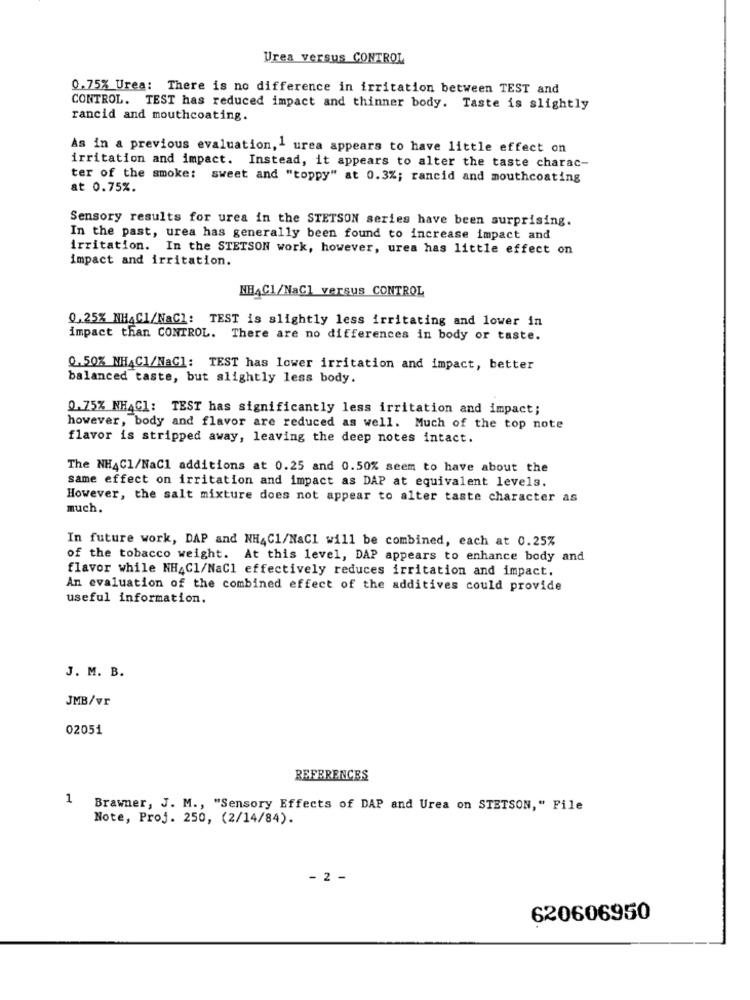
Urea versus CONTROL
0.75% Urea: There is no difference in irritation between TEST and
CONTROL. TEST has reduced impact and thinner body. Taste is slightly
rancid and mouthcoating.
As in a previous evaluation,1 urea appears to have little effect on
irritation and impact. Instead, it appears to alter the taste charac-
ter of the smoke: sweet and "toppy" at 0.3%; rancid and mouthcoating
at 0.75%.
Sensory results for urea in the STETSON series have been surprising.
In the past, urea has generally been found to increase impact and
irritation. In the STETSON work, however, urea has little effect on
impact and irritation.
NHAC1/NaCl versus CONTROL
0,25% NH4C1/NaCl: TEST is slightly less irritating and lower in
impact than CONTROL. There are no differences in body or taste.
0.50% NHAC1/NaCl: TEST has lower irritation and impact, better
balanced taste, but slightly less body.
0.75% NHAC1: TEST has significantly less irritation and impact;
however, body and flavor are reduced as well. Much of the top note
flavor is stripped away, leaving the deep notes intact.
The NH4Cl/NaCl additions at 0.25 and 0.50% seem to have about the
same effect on irritation and impact as DAP at equivalent levels.
However, the salt mixture does not appear to alter taste character as
much.
In future work, DAP and NH4C1/NaCI will be combined, each at 0.25%
of the tobacco weight. At this level, DAP appears to enhance body and
flavor while NH4Cl/NaCl effectively reduces irritation and impact.
An evaluation of the combined effect of the additives could provide
useful information.
J. M. B.
JMB/vr
02051
REFERENCES
1
Brawner, J. M ., "Sensory Effects of DAP and Urea on STETSON," File
Note, Proj. 250, (2/14/84).
- 2 -
620606950